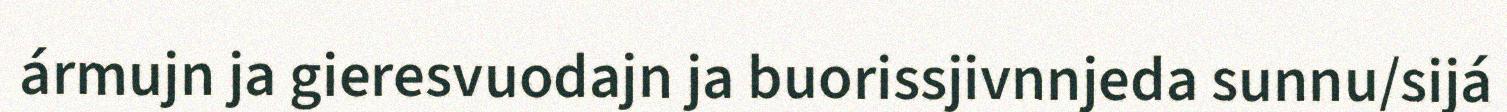
ármujn ja gieresvuodajn ja buorissjivnnjeda sunnu/sijá